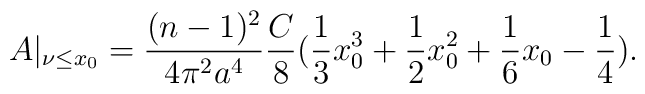
A|_{\nu\leq x_0}=\frac{(n-1)^2}{4 \pi^2 a^4}\frac{C}{8}(\frac{1}{3}x_0^3+\frac{1}{2}x_0^2+\frac{1}{6}x_0-\frac{1}{4}).